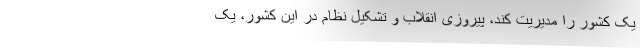
یک کشور را مدیریت کند، پیروزی انقلاب و تشکیل نظام در این کشور، یک